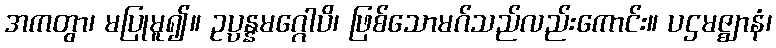
အကတွာ၊ မပြုမူ၍။ ဥပ္ပန္နမဂ္ဂေါပိ၊ ဖြစ်သောမဂ်သည်လည်းကောင်း။ ပဌမဇ္ဈာနံ၊